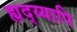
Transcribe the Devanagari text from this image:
ह्यद्य्यापि